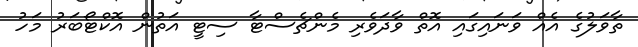
ތާވަލުގެ އެއް ވަނައިގައި އޮތް ވާދަވެރި މެންޗެސްޓާ ސިޓީ އަތުން އޮކްޓޯބަރު މަހު